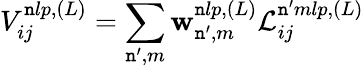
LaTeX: V_{ij}^{\mathtt{n}lp,(L)}=\sum_{\mathtt{n}^{\prime},m}\mathbf{w}_{\mathtt{n}^{\prime},m}^{\mathtt{n}lp,(L)}\mathcal{{L}}_{ij}^{\mathtt{n}^{\prime}mlp,(L)}